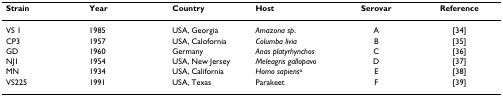
| Strain | Year | Country | Host | Serovar | Reference |
 | --- | --- | --- | --- | --- | --- |
 | VS 1 | 1985 | USA, Georgia | Amazona sp. | A | [34] |
 | CP3 | 1957 | USA, Calofornia | Columba livia | B | [35] |
 | GD | 1960 | Germany | Anas platyrhynchos | C | [36] |
 | NJ1 | 1954 | USA, New Jersey | Meleagris gallopavo | D | [37] |
 | MN | 1934 | USA, California | Homo sapiensa | E | [38] |
 | VS225 | 1991 | USA, Texas | Parakeet | F | [39] |